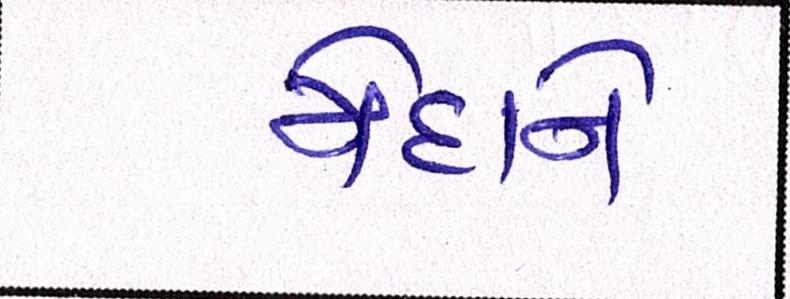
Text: મેદાને